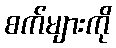
စက်များကို